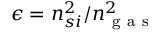
\epsilon = n _ { s i } ^ { 2 } / n _ { \mathrm { ~ g ~ a ~ s ~ } } ^ { 2 }